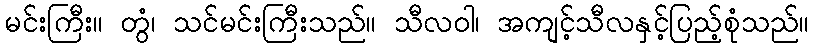
မင်းကြီး။ တွံ၊ သင်မင်းကြီးသည်။ သီလဝါ၊ အကျင့်သီလနှင့်ပြည့်စုံသည်။